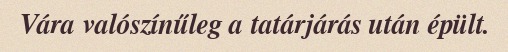
Vára valószínűleg a tatárjárás után épült.